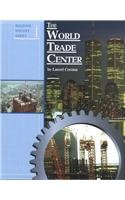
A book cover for The World Trade Center (Building History); Laurel Corona; Teen & Young Adult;